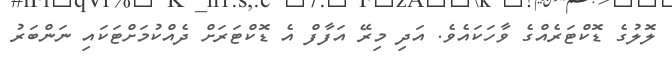
ލޮލުގެ ޑޮކްޓަރެއްގެ ވާހަކައެވެ. އަދި މިރޭ އަފާފް އެ ޑޮކްޓަރަށް ދެއްކުމަށްޓަކައި ނަންބަރު